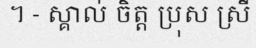
។ - ស្គាល់ ចិត្ត ប្រុស ស្រី